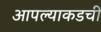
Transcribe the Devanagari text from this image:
आपल्याकडची